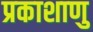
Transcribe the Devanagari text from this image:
प्रकाशाणु